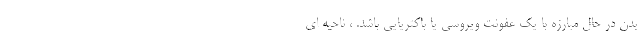
بدن در حال مبارزه با یک عفونت ویروسی یا باکتریایی باشد. ، ناحیه ای